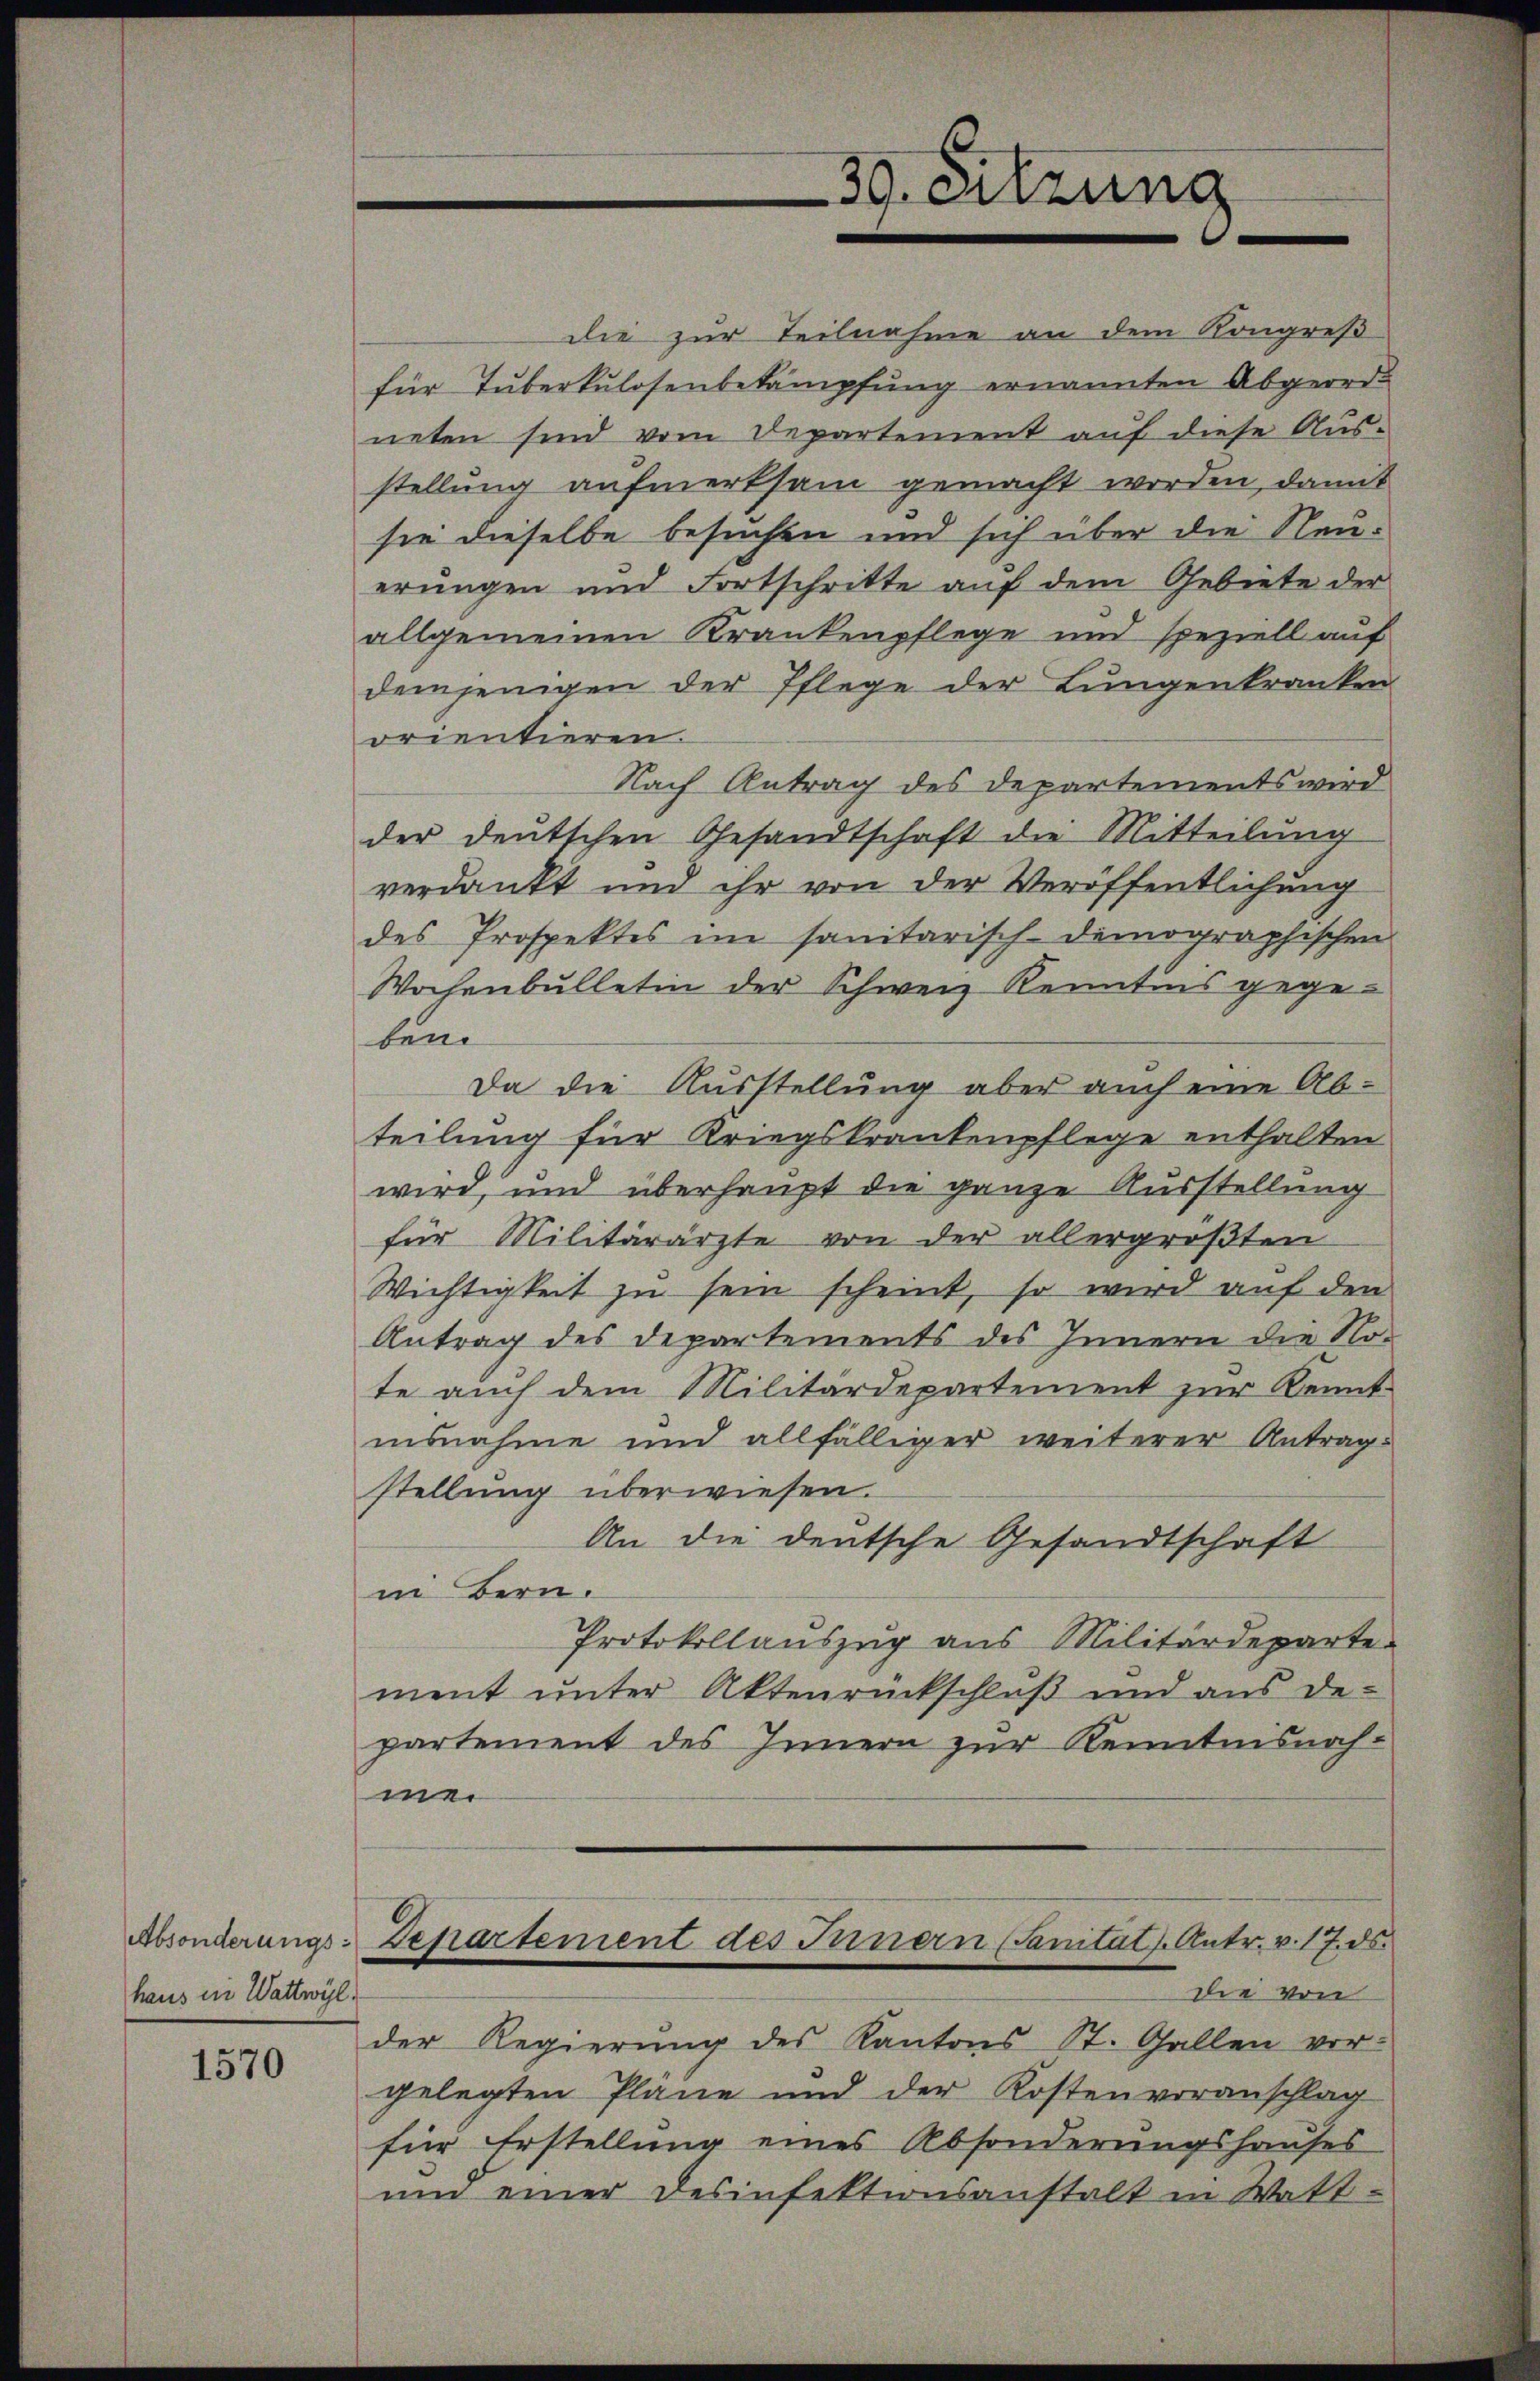
Absonderungs
haus in Wattwyl.

1570

sie dieselbe besuchen und sich über die Neuerungen und Fortschritte auf dem Gebiete der
allgemeinen Krankenpflege und speziell auf
demjenigen der Pflege der Lungenkranken
orientieren.
Nach Antrag des Departements wird
der deutschen Gesandtschaft die Mitteilung
verdankt und ihr von der Veröffentlichung
des Prospektes im sanitarisch-demographischen
Wochenbulletin der Schweiz Kenntnis gegeben
Da die Ausstellung aber auch eine Abteilung für Kriegskrankenpflege enthalten
wird, und überhaupt die ganze Ausstellung
für Militärärzte von der allergrößten
Wichtigkeit zu sein scheint, so wird auf den
Antrag des Departements des Innern die Note auch dem Militärdepartement zur Kennt-
insnahme und allfälliger weiterer Antragstellung überwiesen.
An die deutsche Gesandtschaft
in Bern.
Protokollauszug aus Militärdeparte
ment unter Aktenrückschluß und aus de-
partement des Innern zur Kenntnisnahmer
Departement des Innern (Sanitals Antr. v. 17. ds.
die von
der Regierung des Kantons St. Gallen vor-
gelegten Plane und der Kostenvoranschlag
für Erstellung eines Absonderungshauses
um einer Desinfektionsanstalt in Watt¬

39. Sitzung

die zur Teilnahme an dem Kongreß
für Tuberkulosenbekämpfung ernannten Abgeordneten sind vom Departement auf diese Aus-
stellung aufmerksam gemacht worden, damit